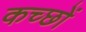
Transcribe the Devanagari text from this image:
कच्छों